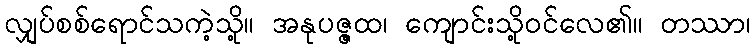
လျှပ်စစ်ရောင်သကဲ့သို့။ အနုပဇ္ဇထ၊ ကျောင်းသို့ဝင်လေ၏။ တဿာ၊